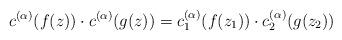
LaTeX: \begin{gather*}c^{(\alpha)}(f(z))\cdot c^{(\alpha)}(g(z))=c^{(\alpha)}_{1}(f(z_{1}))\cdot c^{(\alpha)}_{2}(g(z_{2}))\end{gather*}